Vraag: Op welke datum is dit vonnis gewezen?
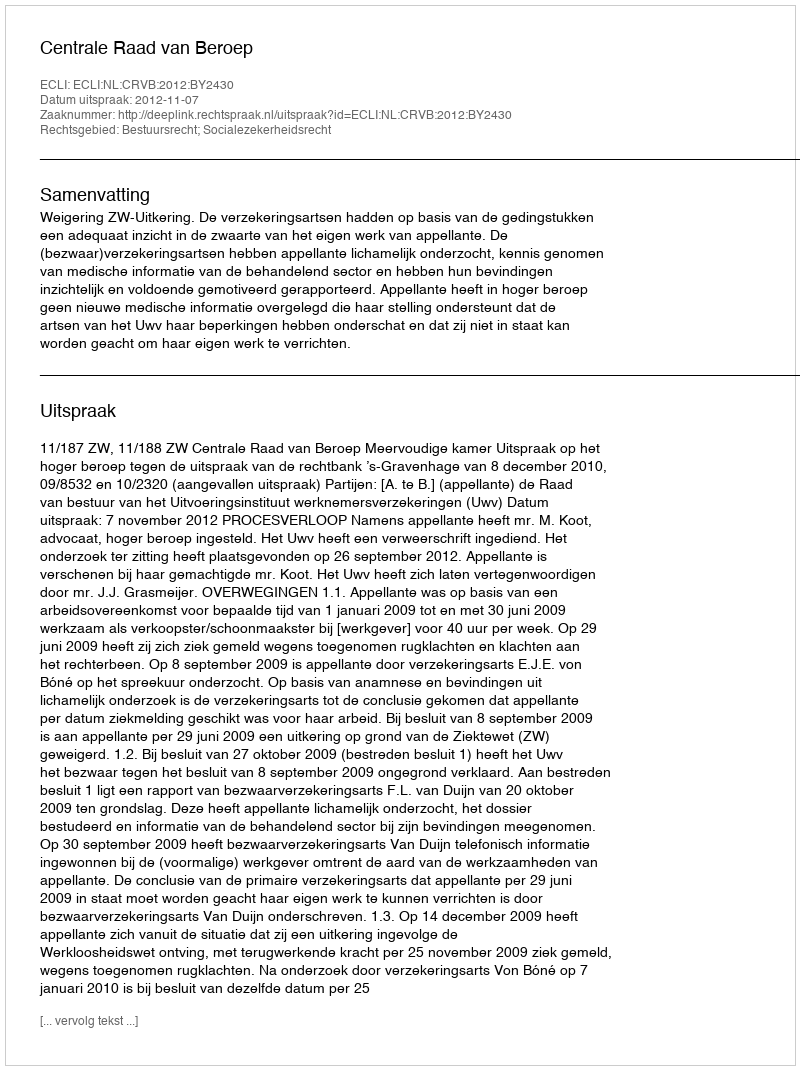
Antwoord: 2012-11-07